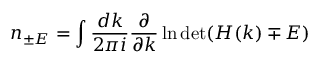
n _ { \pm E } = \int \frac { d k } { 2 \pi i } \frac { \partial } { \partial k } \ln \operatorname* { d e t } ( H ( k ) \mp E )